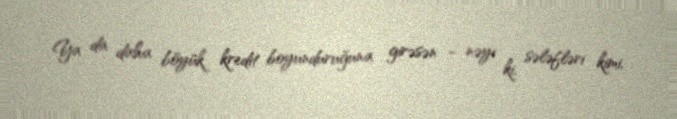
Ya da daha böyük kredit boyunduruğuna girəsən - nəyi ki, sələfləri kimi,